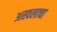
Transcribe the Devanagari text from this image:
अस्वलाचा